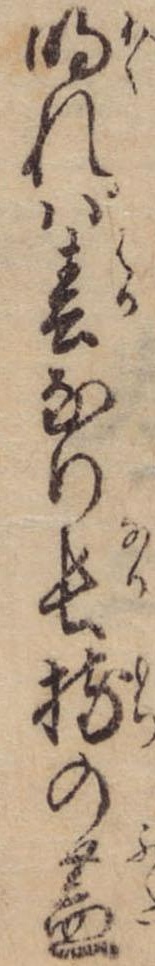
明れば春なり長持の蓋